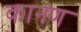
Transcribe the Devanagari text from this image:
कानण